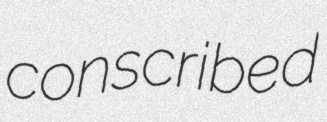
conscribed